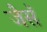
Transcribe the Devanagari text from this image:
जैसॅ